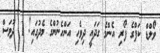
ވޯލްޑް ކަޕްގެ ފޯރި އެންމެ ގަދައީ ދިވެހި އަންހެނުންގެ މެދުގައި! 1 ދުވަސް